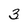
Character: 3